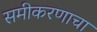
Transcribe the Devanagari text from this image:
समीकरणाचा